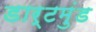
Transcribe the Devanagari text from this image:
डार्टमुंड